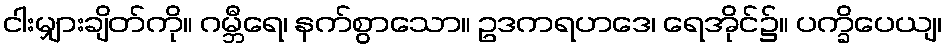
ငါးမျှားချိတ်ကို။ ဂမ္ဘီရေ၊ နက်စွာသော။ ဥဒကရဟဒေ၊ ရေအိုင်၌။ ပက္ခိပေယျ၊